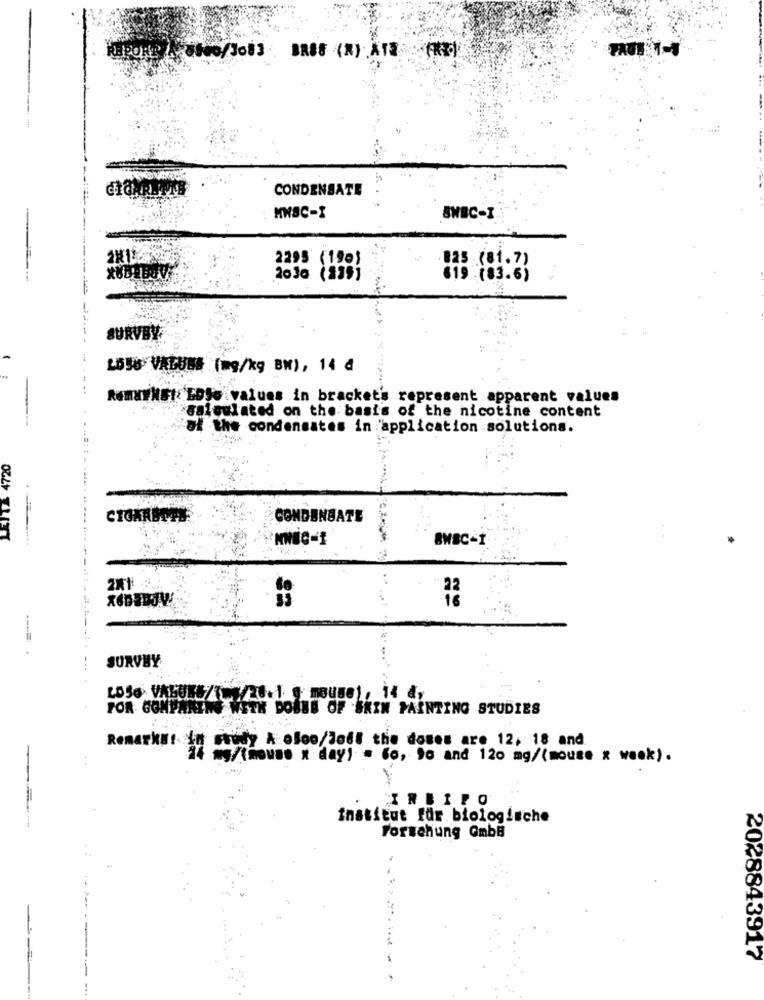
BRBS (R) ATE (R)
CONDENSATE
MHSC-I
2295 (150)
SURVE
-
LOSS VALUES (mg/kg BN), 14 4
RemaENEt: EDJe values in brackets represent apparent values
calculated on the basis of the nicotine content
at the condensates in :'application solutions.
LEITE 4720
CONDENSATE
8WSC-I
SURVEY
LOSO VALUES/1 /20. 1 + mouse), 14 dy
FOR GONPARING WITH DOWNS OF SKIN PAINTING STUDIES
way A oloo/Jodi the doses are 12, 18 and
RemarkUt 3 - How00 * day) = 66, 90 and 120 mg/(mouse x week).
IREIPO
institut für biologische
Forzahung GmbB
-2
2028843917
..